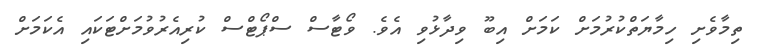
ތިމާވެށި ހިމާޔަތްކުރުމަށް ކަމަށް އިބޫ ވިދާޅުވި އެވެ. ވޯޓާސް ސްޕޯޓްސް ކުރިއެރުވުމަށްޓަކައި އެކަމަށް